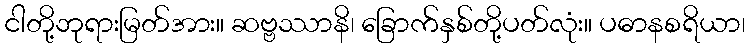
ငါတို့ဘုရားမြတ်အား။ ဆဗ္ဗဿာနိ၊ ခြောက်နှစ်တို့ပတ်လုံး။ ပဓာနစရိယာ၊